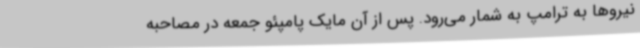
نیروها به ترامپ به شمار می‌رود. پس از آن مایک پامپئو جمعه در مصاحبه